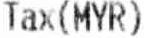
TAX(MYR)